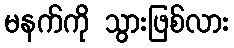
မနက်ကို သွားဖြစ်လား